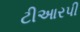
ટીઆરપી